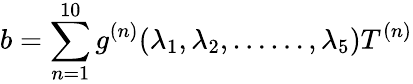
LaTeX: b=\sum_{n=1}^{10}g^{(n)}(\lambda_{1},\lambda_{2},\ldots\ldots,\lambda_{5})T^{(n)}